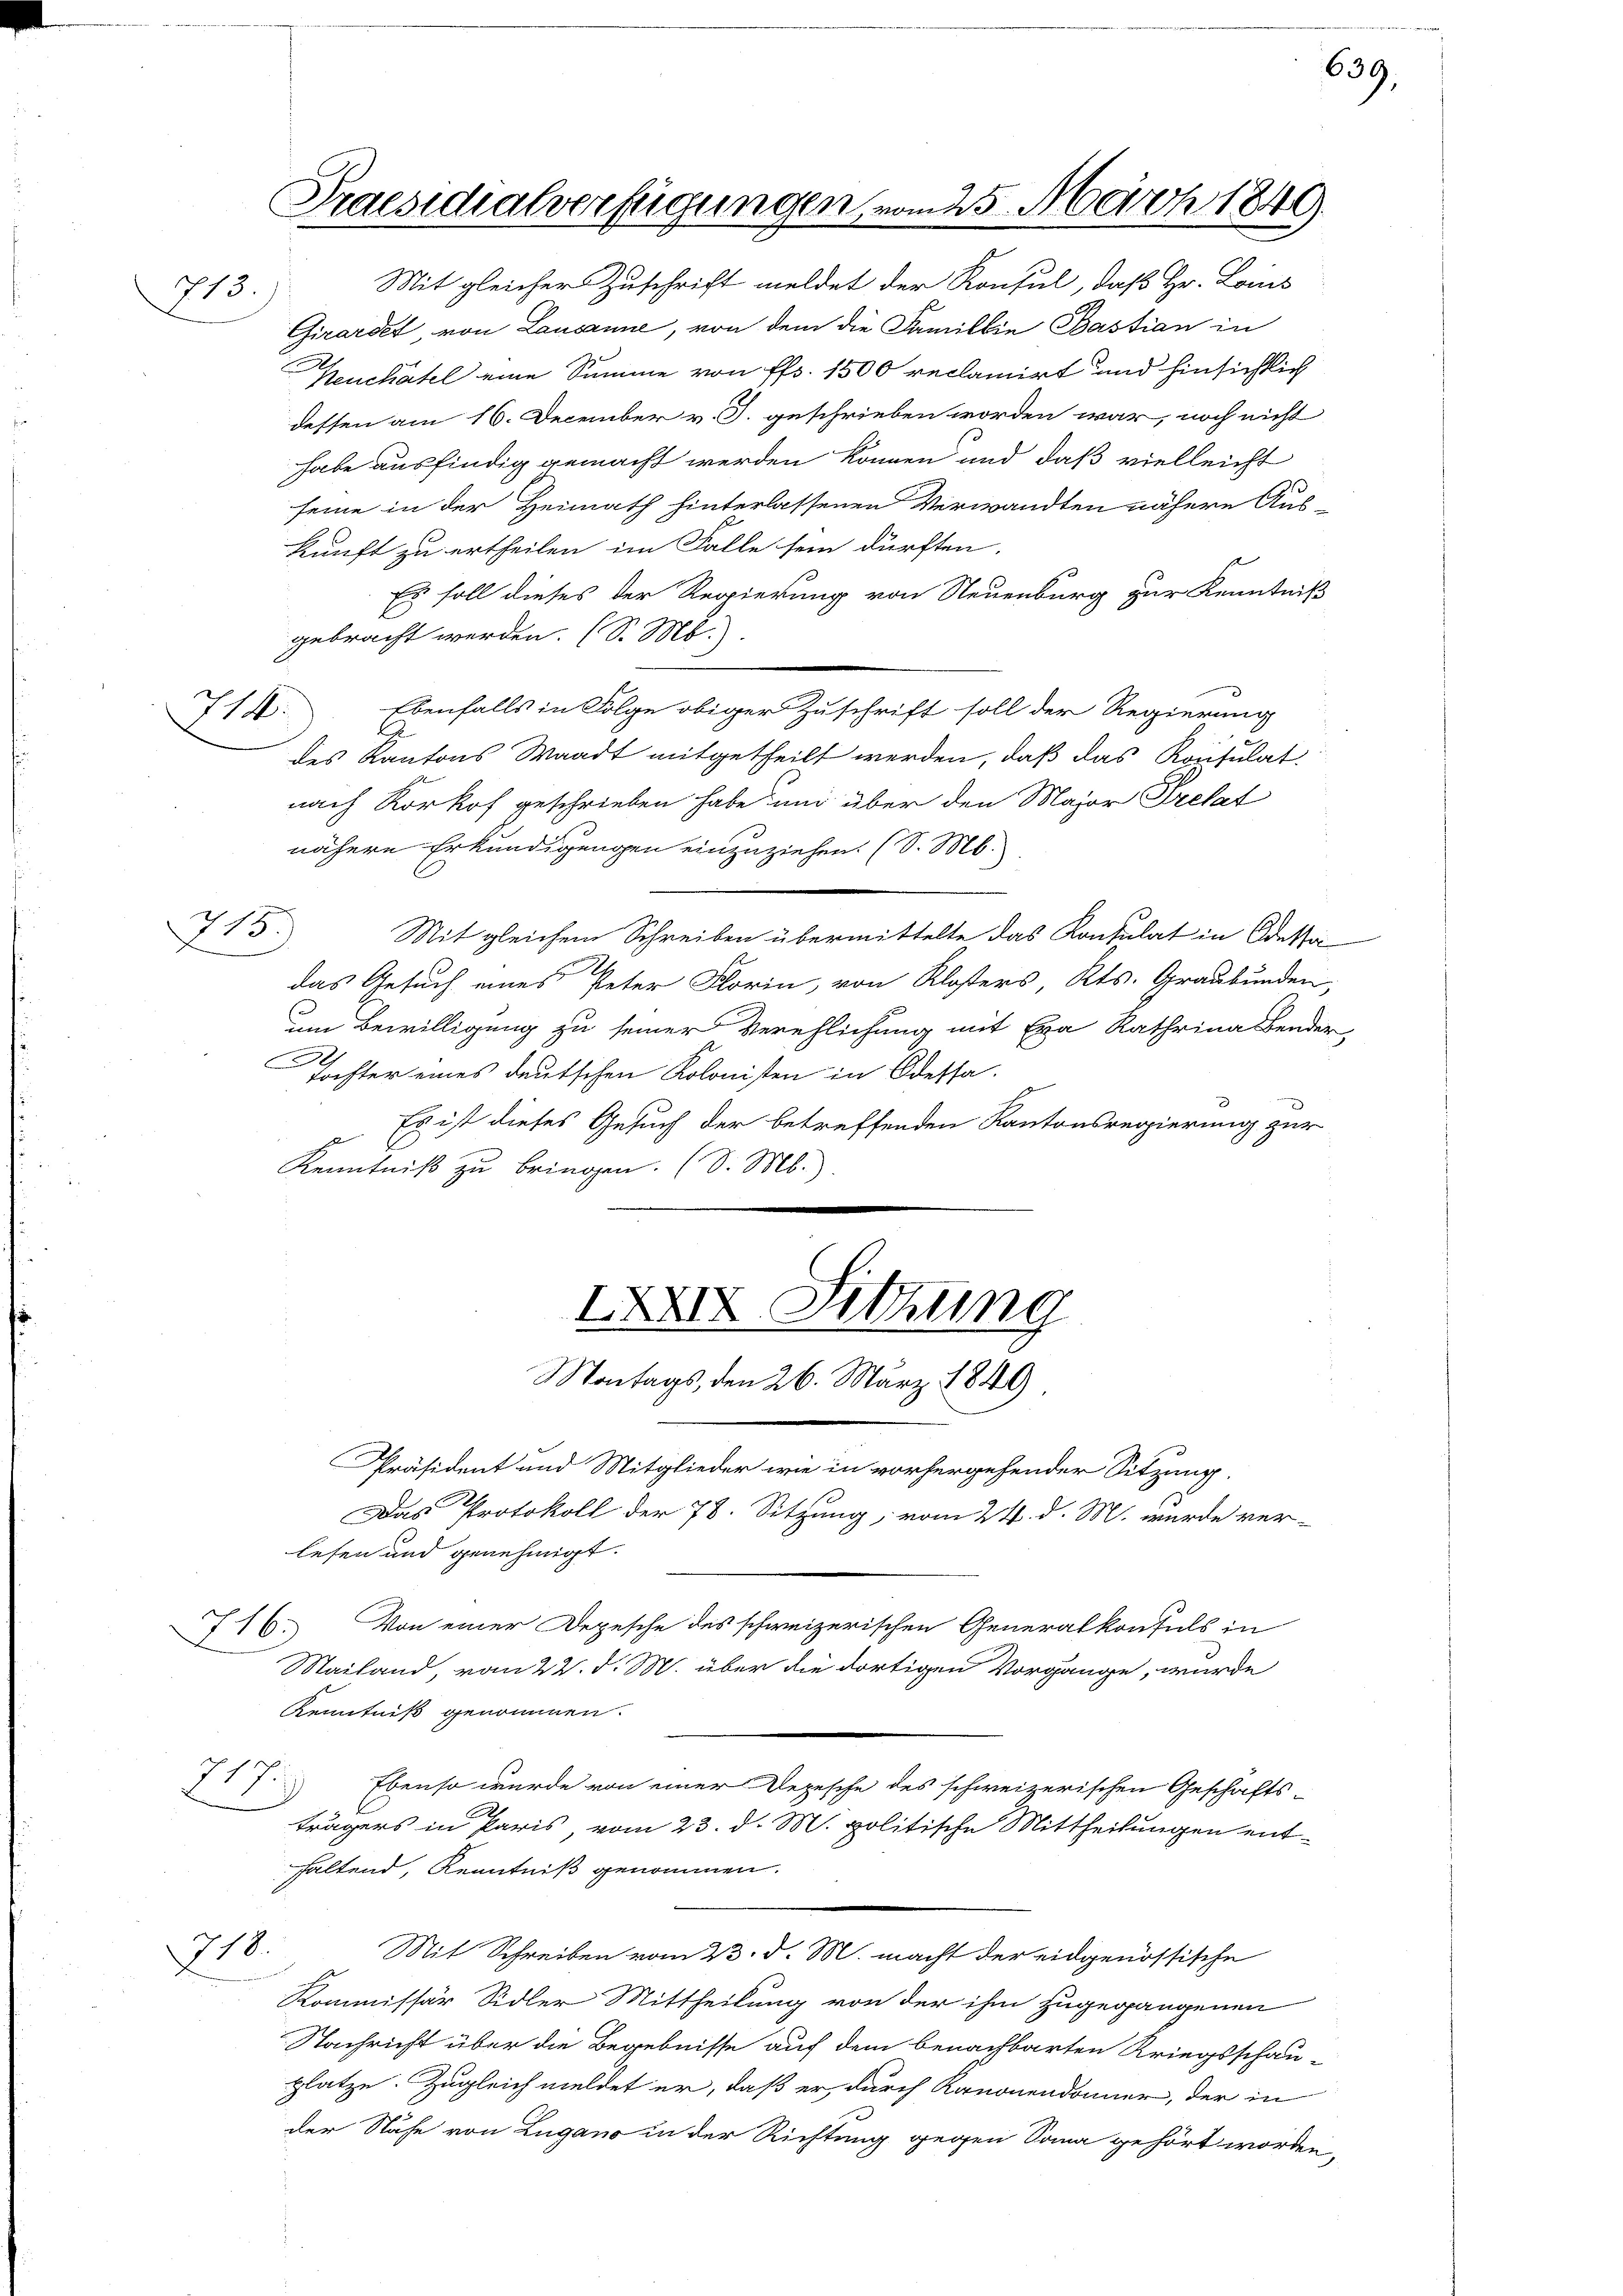
5.)

215)

714.

Praesidialverfügungen, vom 25. März 1849.
Mit gleicher Zuschrift meldet der Konsul, daß Hr. Loins

Girardet von Lausanne, von dem die Familie Bastian in
Neuchâtel eine Summe von fl. 1500 reclamirt und hinsichtlich
dessen am 16. December v. J. geschrieben worden war, noch nicht
habe ausfindig gemacht werden können und daß vielleicht
seine in der Heimath hinterlassenen Verwandten nähere Aus-
kunft zu ertheilen im Falle sein dürften.
Es soll dieses der Regierung von Neuenburg zur Kenntniß
gebracht werden. (S. M.).
Ebenfalls in Folge obiger Zuschrift soll der Regierung
des Kantons Waadt mitgetheilt werden, daß das Konsulat
nach Korkof geschrieben habe und über den Major Pretat
nähere Erkundigungen einzuziehen. (S. M.
Mit gleichem Schreiben übermittelte das Konsulat in Odessa
das Gesuch eines Peter Florin, von Klosters Kts. Graubünden,
um Bewilligung zu seiner Verehlichung mit Eva Kathrina Bender
Tochter eines deutschen Kolonisten in Odessa.
Es ist dieses Gesuch der betreffenden Kantonsregierung zur
E
Kenntniß zu bringen. (S. Mb.).
IXXIV Sitzung
Montags, den 26. März 1849
Präsident und Mitglieder wie in vorhergehender Sitzung.
Das Protokoll der 78. Sitzung, vom 24. d. M. wurde ver-
lesen und genehmigt.
I16. Von einer Depesche des schweizerischen Generalkonfels in
Mailand, vom 22. d. M. über die dortigen Vorgänge, wurde
Kenntniß genommen.
217
Ebenso wurde von einer Depesche des schweizerischen Geschäftsträgers in Paris, vom 23. d. M. politische Mittheilungen ent-
haltend, Kenntniß genommen.
218.
Mit Schreiben vom 23. d. M. macht der eidgenössische
Kommissär Sidler Mittheilung von der ihm zugegangenen
Nachricht über die Begebnisse auf dem benachbarten Kriegsschau-
platze. Zugleich meldet er, daß er durch Kanonendamer, der in
der Nähe von Lugano in der Richtung gegen Sana gehört worden,

639.